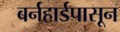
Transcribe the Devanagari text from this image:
बर्नहार्डपासून